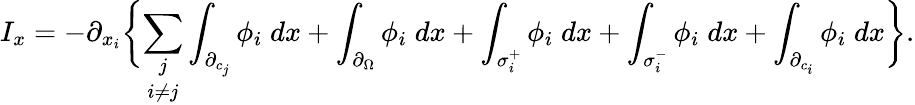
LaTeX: I_{x}=-\partial_{x_{i}}\biggl\{ \underset{i\neq j}{\sum_{j}}\int_{\partial_{c_{j}}}\phi_{i}\; dx+\int_{\partial_{\Omega}}\phi_{i}\; dx+\int_{\sigma_{i}^{+}}\phi_{i}\; dx+\int_{\sigma_{i}^{-}}\phi_{i}\; dx+\int_{\partial_{c_{i}}}\phi_{i}\; dx\biggl\} .